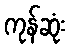
ကုန်ဆုံး